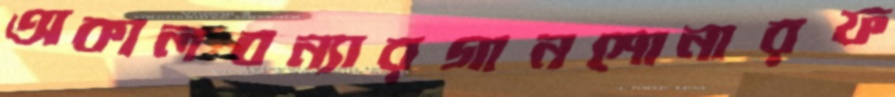
অকালবন্যারগানশোনারফ